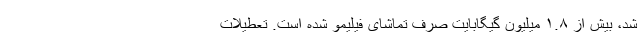
شد، بیش از ۱.۸ میلیون گیگابایت صرف تماشای فیلیمو شده است. تعطیلات